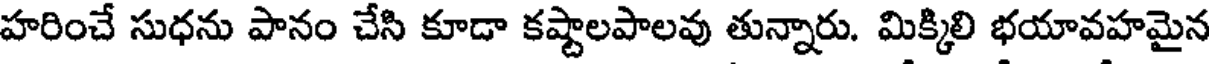
హరించే సుధను పానం చేసి కూడా కష్టాలపాలవు తున్నారు. మిక్కిలి భయావహమైన